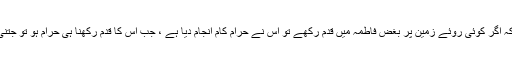
میر سید علی ہمدانی نے اس حدیث کو بھی نقل کیا ہے کہ اگر کوئی روئے زمین پر بغض فاطمہ میں قدم رکھے تو اس نے حرام کام انجام دیا ہے ، جب اس کا قدم رکھنا ہی حرام ہو تو جتنی بھی عبادت انجام دیں اس کا یقیناً کوئی فائدہ نہیں ہے ۔